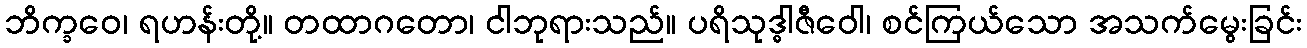
ဘိက္ခဝေ၊ ရဟန်းတို့။ တထာဂတော၊ ငါဘုရားသည်။ ပရိသုဒ္ဓါဇီဝေါ၊ စင်ကြယ်သော အသက်မွေးခြင်း